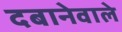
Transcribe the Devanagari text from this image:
दबानेवाले